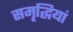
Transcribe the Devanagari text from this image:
समृद्धियां